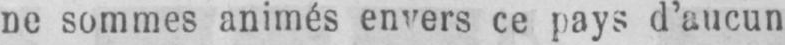
ne sommes animés envers ce pays d’aucun